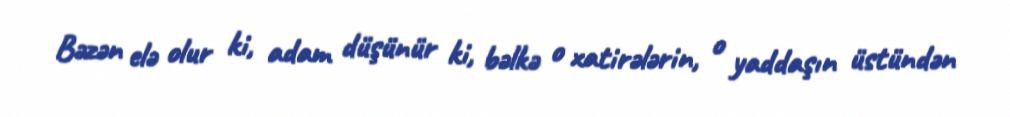
Bəzən elə olur ki, adam düşünür ki, bəlkə o xatirələrin, o yaddaşın üstündən